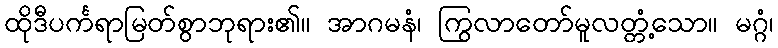
ထိုဒီပင်္ကရာမြတ်စွာဘုရား၏။ အာဂမနံ၊ ကြွလာတော်မူလတ္တံ့သော။ မဂ္ဂံ၊